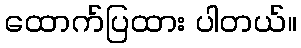
ထောက်ပြထား ပါတယ်။